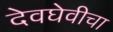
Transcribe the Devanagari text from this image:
देवघेवीचा